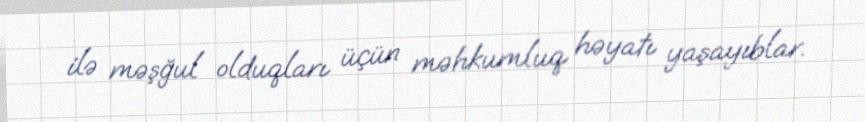
ilə məşğul olduqları üçün məhkumluq həyatı yaşayıblar.